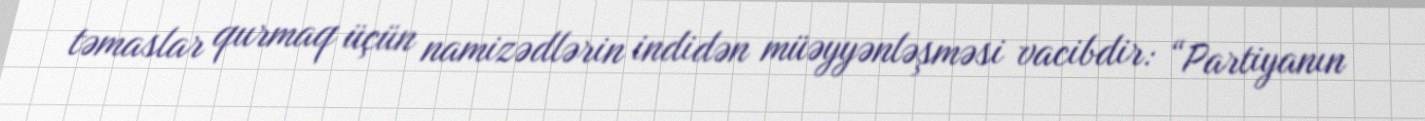
təmaslar qurmaq üçün namizədlərin indidən müəyyənləşməsi vacibdir: “Partiyanın